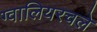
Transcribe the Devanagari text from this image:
ग्वालियरचले